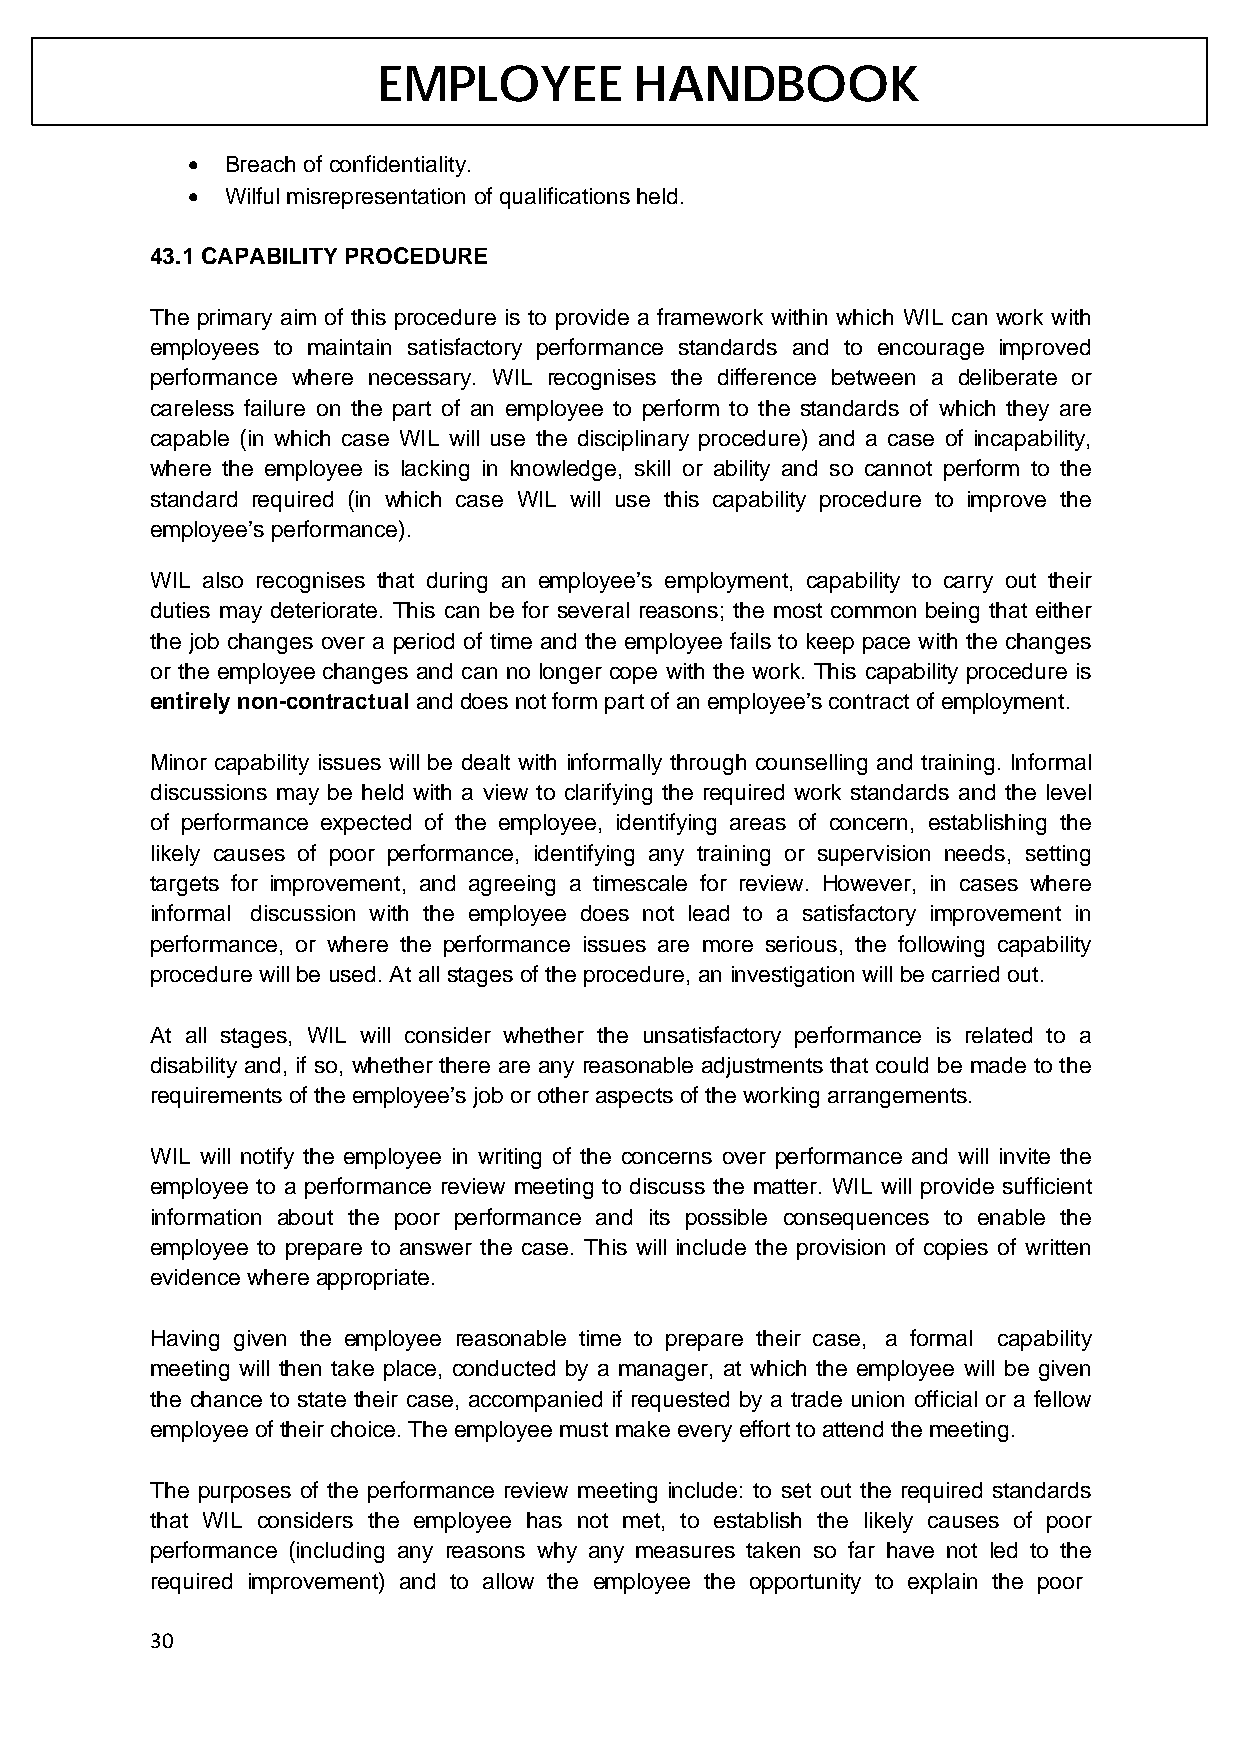
EMPLOYEE         HANDBOOK
 •  Breach of confidentiality.
 •  Wilful misrepresentation of qualifications held.
 43.1 CAPABILITY PROCEDURE
 The primary aim of this procedure is to provide a framework within which WIL can work with
 employees to maintain satisfactory performance standards and to encourage improved
 performance where necessary. WIL recognises the difference between a deliberate or
 careless failure on the part of an employee to perform to the standards of which they are
 capable (in which case WIL will use the disciplinary procedure) and a case of incapability,
 where the employee is lacking in knowledge, skill or ability and so cannot perform to the
 standard required (in which case WIL will use this capability procedure to improve the
 employee’s performance).
 WIL also recognises that during an employee’s employment, capability to carry out their
 duties may deteriorate. This can be for several reasons; the most common being that either
 the job changes over a period of time and the employee fails to keep pace with the changes
 or the employee changes and can no longer cope with the work. This capability procedure is
 entirely non-contractual and does not form part of an employee’s contract of employment.
 Minor capability issues will be dealt with informally through counselling and training. Informal
 discussions may be held with a view to clarifying the required work standards and the level
 of performance expected of the employee, identifying areas of concern, establishing the
 likely causes of poor performance, identifying any training or supervision needs, setting
 targets for improvement, and agreeing a timescale for review. However, in cases where
 informal discussion with the employee does not lead to a satisfactory improvement in
 performance, or where the performance issues are more serious, the following capability
 procedure will be used. At all stages of the procedure, an investigation will be carried out.
 At all stages, WIL will consider whether the unsatisfactory performance is related to a
 disability and, if so, whether there are any reasonable adjustments that could be made to the
 requirements of the employee’s job or other aspects of the working arrangements.
 WIL will notify the employee in writing of the concerns over performance and will invite the
 employee to a performance review meeting to discuss the matter. WIL will provide sufficient
 information about the poor performance and its possible consequences to enable the
 employee to prepare to answer the case. This will include the provision of copies of written
 evidence where appropriate.
 Having given the employee reasonable time to prepare their case, a formal capability
 meeting will then take place, conducted by a manager, at which the employee will be given
 the chance to state their case, accompanied if requested by a trade union official or a fellow
 employee of their choice. The employee must make every effort to attend the meeting.
 The purposes of the performance review meeting include: to set out the required standards
 that WIL considers the employee has not met, to establish the likely causes of poor
 performance (including any reasons why any measures taken so far have not led to the
 required improvement) and to allow the employee the opportunity to explain the poor
 30